Vaccine operations Central Provinces & Berar 1912-1920 - 1912-1920
Year: 1912
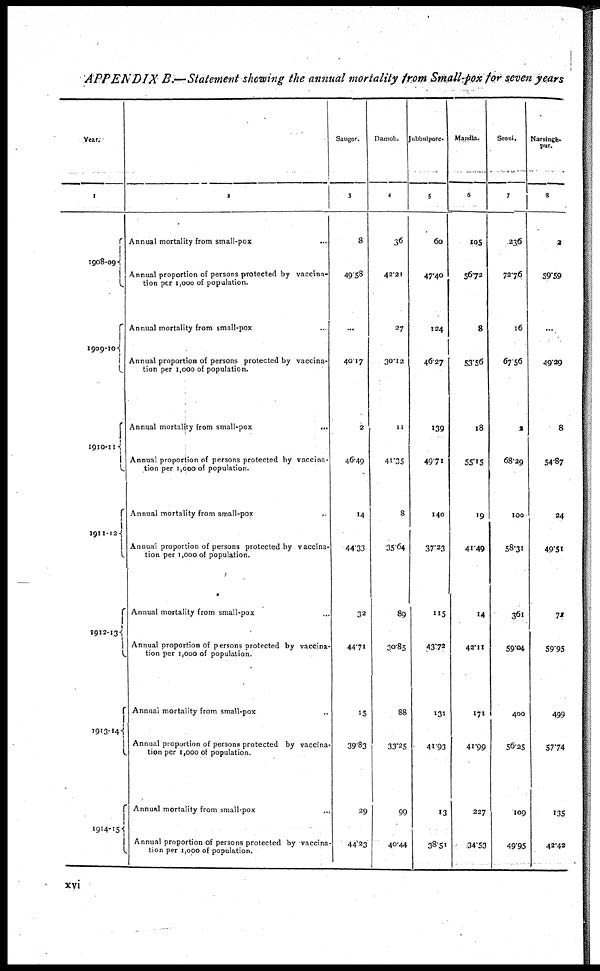
APPENDIX B.—Statement showing the annual mortality from Small-pox for seven years
Year.
1
1908-09
1909-10
1910-11
1911-12
1912-13
1913-14
1914-15
2
Annual mortality from small-pox ...
Annual proportion of persons protected by vaccina-
tion per 1,000 of population.
Annual mortality from small-pox ...
Annual proportion of persons protected by vaccina-
tion per 1,000 of population.
Annual mortality from small-pox
...
Annual proportion of persons protected by vaccina-
tion per 1 ,000 of population.
Annual mortality from small-pox ...
Annual proportion of persons protected by vaccina-
tion per 1,000 of population.
Annual mortality from small-pox ...
Annual proportion of persons protected by vaccina-
tion per 1,000 of population.
Annual mortality from small-pox
Annual proportion of persons protected by vaccina-
tion per 1,000 of population.
Annual mortality from small-pox ...
Annual proportion of persons protected by vaccina
tion per 1,000 of population.
Saugor.
3
8
49.58
...
40.17
2
46.49
14
44.33
32
44.71
15
39.83
29
44.23
Damon.
4
36
42.21
27
30.12
11
41.35
8
35.64
89
30.85
88
33.25
99
40.44
Jubbulpore.
5
60
47.40
124
46.27
139
49.71
140
37.23
115
43.72
131
41.93
13
38.51
Mandla.
6
105
56.72
8
53.56
18
55.15
19
41.49
14
42.11
171
41.99
227
34.53
Seoni.
7
236
72.76
16
67.56
2
68.29
100
58.31
361
59.04
400
56.25
109
49.95
Narsingh-
pur.
8
2
59.59
...
49.29
8
54.87
24
49.51
72
59.95
499
57.74
135
42.42
xvi